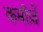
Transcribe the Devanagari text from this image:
कमीज़ें